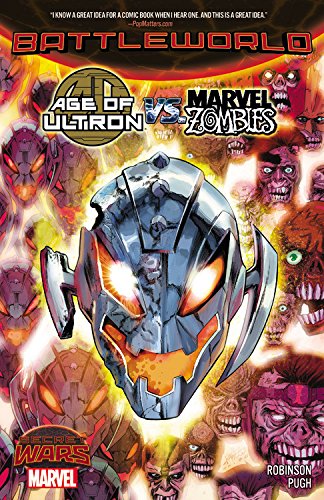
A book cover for Age of Ultron vs. Marvel Zombies; Marvel Comics; Comics & Graphic Novels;